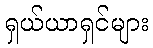
ရှယ်ယာရှင်များ